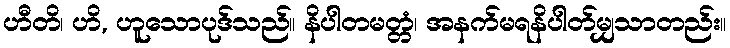
ဟီတိ၊ ဟိ, ဟူသောပုဒ်သည်။ နိပါတမတ္တံ၊ အနက်မရနိပါတ်မျှသာတည်း။